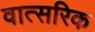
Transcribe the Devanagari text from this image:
वात्सरिक